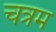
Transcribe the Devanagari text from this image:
चत्रम